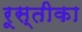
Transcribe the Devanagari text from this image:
रूस्तीका